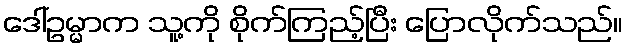
ဒေါ်ဥမ္မာက သူ့ကို စိုက်ကြည့်ပြီး ပြောလိုက်သည်။